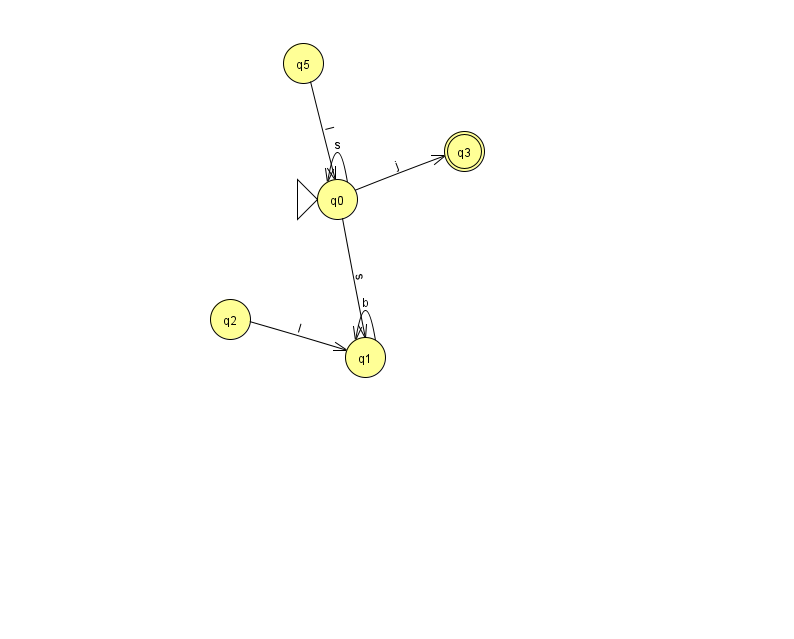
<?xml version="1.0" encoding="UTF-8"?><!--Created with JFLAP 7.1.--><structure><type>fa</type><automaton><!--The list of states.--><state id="0" name="q0"><x>337.0</x><y>186.0</y><initial/></state><state id="1" name="q1"><x>365.0</x><y>344.0</y></state><state id="2" name="q2"><x>230.0</x><y>306.0</y></state><state id="3" name="q3"><x>464.0</x><y>138.0</y><final/></state><state id="5" name="q5"><x>303.0</x><y>50.0</y></state><!--The list of transitions.--><transition><from>2</from><to>1</to><read>I</read></transition><transition><from>1</from><to>1</to><read>b</read></transition><transition><from>0</from><to>0</to><read>s</read></transition><transition><from>0</from><to>3</to><read>j</read></transition><transition><from>0</from><to>1</to><read>s</read></transition><transition><from>5</from><to>0</to><read>l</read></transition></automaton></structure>